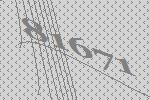
81671